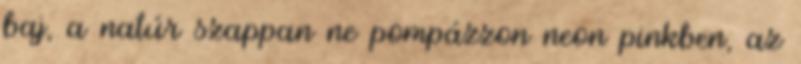
baj, a natúr szappan ne pompázzon neon pinkben, az